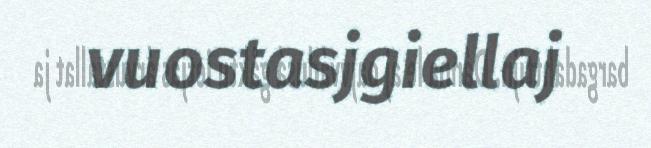
vuostasjgiellaj